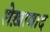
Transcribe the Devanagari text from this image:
शेख़ाबाद